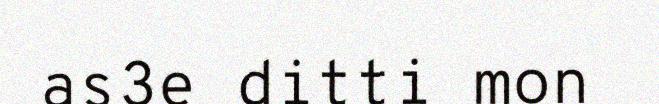
as3e ditti mon